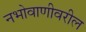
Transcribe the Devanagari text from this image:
नभोवाणीवरील